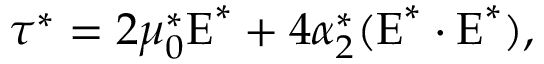
\boldsymbol { \tau } ^ { * } = 2 \mu _ { 0 } ^ { * } \boldsymbol { \mathrm { E } } ^ { * } + 4 \alpha _ { 2 } ^ { * } ( \boldsymbol { \mathrm { E } } ^ { * } \cdot \boldsymbol { \mathrm { E } } ^ { * } ) ,